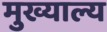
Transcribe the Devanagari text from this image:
मुख्याल्य